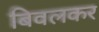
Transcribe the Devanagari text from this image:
बिवलकर